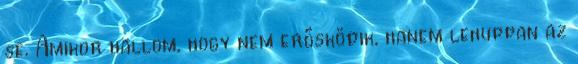
se. Amikor hallom, hogy nem erősködik, hanem lehuppan az